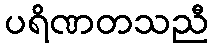
ပရိဏတသညီ